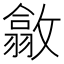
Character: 𢿴